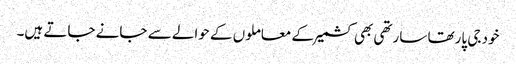
خود جی پارتھا سارتھی بھی کشمیر کے معاملوں کے حوالے سے جانے جاتے ہیں۔